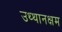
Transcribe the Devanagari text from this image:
उथ्थानक्षम